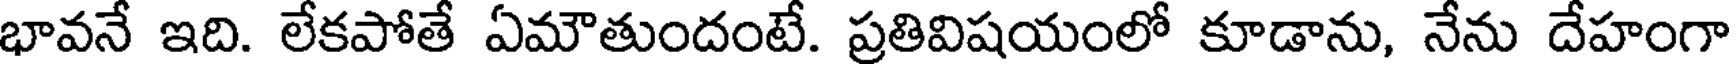
భావనే ఇది. లేకపోతే ఏమౌతుందంటే. ప్రతివిషయంలో కూడాను, నేను దేహంగా